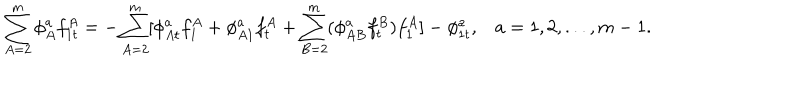
\sum _ { A = 2 } ^ { m } \phi _ { A } ^ { a } f _ { 1 t } ^ { A } = - \sum _ { A = 2 } ^ { m } [ \phi _ { A t } ^ { a } f _ { 1 } ^ { A } + \phi _ { A 1 } ^ { a } f _ { t } ^ { A } + \sum _ { B = 2 } ^ { m } ( \phi _ { A B } ^ { a } f _ { t } ^ { B } ) f _ { 1 } ^ { A } ] - \phi _ { 1 t } ^ { a } , a = 1 , 2 , . . . , m - 1 .